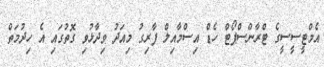
އެމްޓީސީސީގެ ޓްރާންސްޕޯޓް ހެޑް އިސްމާއިލް ފާރިގު މިއަދު ވިދާޅުވި ގޮތުގައި އެ ހިދުމަތް